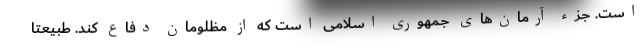
است. جزء ‌آرمان‌های جمهوری اسلامی است که از مظلومان دفاع کند. طبیعتا